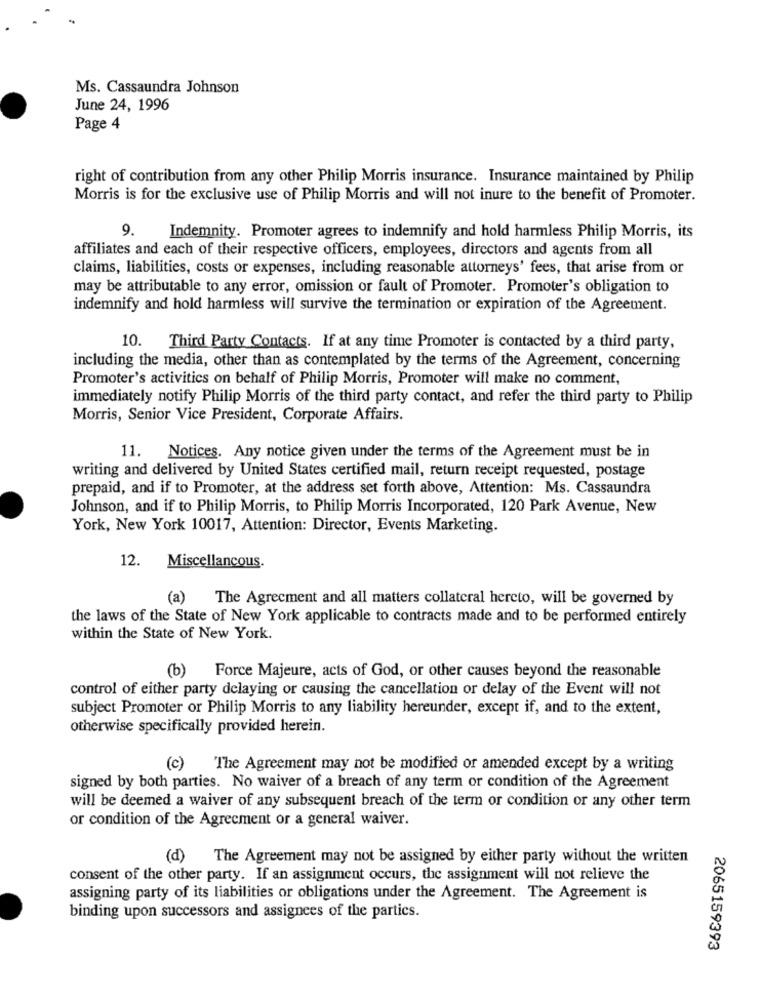
Ms. Cassaundra Johnson
June 24, 1996
Page 4
right of contribution from any other Philip Morris insurance. Insurance maintained by Philip
Morris is for the exclusive use of Philip Morris and will not inure to the benefit of Promoter.
9.
Indemnity. Promoter agrees to indemnify and hold harmless Philip Morris, its
affiliates and each of their respective officers, employees, directors and agents from all
claims, liabilities, costs or expenses, including reasonable attorneys' fees, that arise from or
may be attributable to any error, omission or fault of Promoter. Promoter's obligation to
indemnify and hold harmless will survive the termination or expiration of the Agreement.
10. Third Party Contacts. If at any time Promoter is contacted by a third party,
including the media, other than as contemplated by the terms of the Agreement, concerning
Promoter's activities on behalf of Philip Morris, Promoter will make no comment,
immediately notify Philip Morris of the third party contact, and refer the third party to Philip
Morris, Senior Vice President, Corporate Affairs.
11. Notices. Any notice given under the terms of the Agreement must be in
writing and delivered by United States certified mail, return receipt requested, postage
prepaid, and if to Promoter, at the address set forth above, Attention: Ms. Cassaundra
Johnson, and if to Philip Morris, to Philip Morris Incorporated, 120 Park Avenue, New
York, New York 10017, Attention: Director, Events Marketing.
12.
Miscellancous.
(a)
The Agreement and all matters collateral hereto, will be governed by
the laws of the State of New York applicable to contracts made and to be performed entirely
within the State of New York.
(b) Force Majeure, acts of God, or other causes beyond the reasonable
control of either party delaying or causing the cancellation or delay of the Event will not
subject Promoter or Philip Morris to any liability hereunder, except if, and to the extent,
otherwise specifically provided herein.
(c)
The Agreement may not be modified or amended except by a writing
signed by both parties. No waiver of a breach of any term or condition of the Agreement
will be deemed a waiver of any subsequent breach of the term or condition or any other term
or condition of the Agreement or a general waiver.
(d) The Agreement may not be assigned by either party without the written
consent of the other party. If an assignment occurs, the assignment will not relieve the
assigning party of its liabilities or obligations under the Agreement. The Agreement is
binding upon successors and assignees of the partics.
2065159393